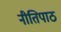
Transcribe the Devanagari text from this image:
नीतिपाठ